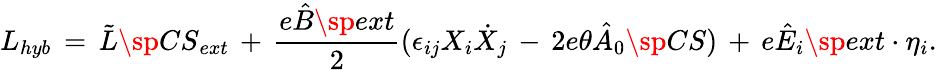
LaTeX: L_{hyb}\, =\, \tilde{L}\sp{CS}_{ext}\, +\, \frac{e\hat{B}\sp{ext}}{2}(\epsilon_{ij}X_{i}\dot{X}_{j}\, -\, 2e\theta\hat{A}_{0}\sp{CS})\, +\, e\hat{E}_{i}\sp{ext}\cdot\eta_{i}.